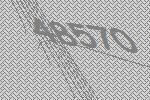
48570